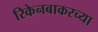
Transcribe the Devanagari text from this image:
रिकेनबाकरच्या